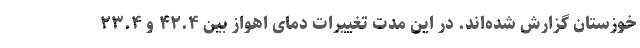
خوزستان گزارش شده‌اند. در این مدت تغییرات دمای اهواز بین ۴۲.۴ و ۲۳.۴